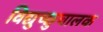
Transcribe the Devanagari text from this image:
विद्युच्छुचालक